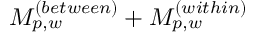
M _ { p , w } ^ { ( b e t w e e n ) } + M _ { p , w } ^ { ( w i t h i n ) }